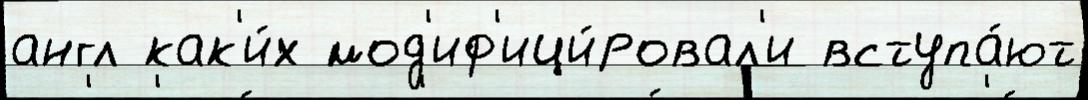
англ как'и́х мод'иф'ици́ровал'и вступа́ют